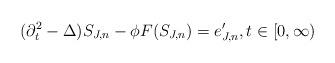
LaTeX: \begin{align*} (\partial_t^2 - \Delta) S_{J,n} - \phi F(S_{J,n}) = e'_{J,n}, t \in [0,\infty)\end{align*}